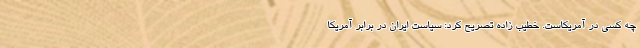
چه کسی در آمریکاست. خطیب زاده تصریح کرد: سیاست ایران در برابر آمریکا